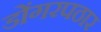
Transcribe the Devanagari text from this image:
डोंगरपठार